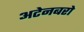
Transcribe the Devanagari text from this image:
अटेनबरो